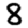
Digit: 8